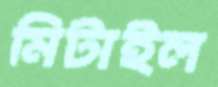
মিটাইল